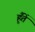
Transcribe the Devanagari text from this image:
हूँतें